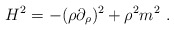
\begin{align*}H^2=-(\rho \partial_\rho)^2+\rho^2m^2~.\end{align*}